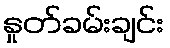
နှုတ်ခမ်းချင်း